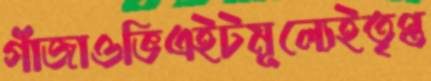
গাঁজাওভিএইটমূল্যেইতৃপ্ত